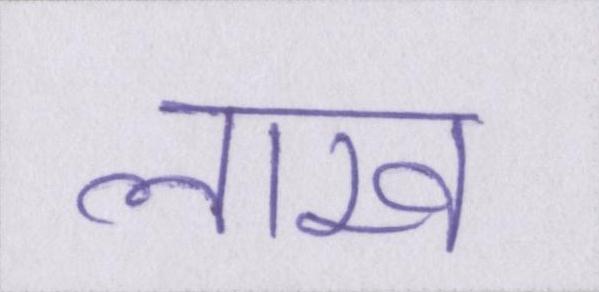
लाख